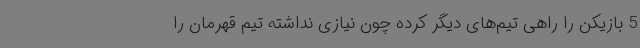
5 بازیکن را راهی تیم‌های دیگر کرده چون نیازی نداشته تیم قهرمان را